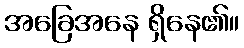
အခြေအနေ ရှိနေ၏။